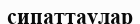
сипаттаулар